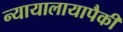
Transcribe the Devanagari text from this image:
न्यायालायापैकी